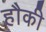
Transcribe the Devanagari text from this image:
हौकी